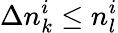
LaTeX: \Delta n_{k}^{i}\le n_{l}^{i}